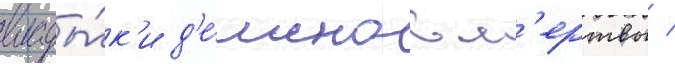
влады́к'и д'е́монов м'ертвы /